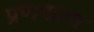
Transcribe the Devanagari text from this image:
प्रणयाला